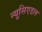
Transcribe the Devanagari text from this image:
न्यूसिएडल